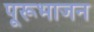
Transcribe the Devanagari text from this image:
पूरूभाजन